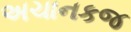
અચાનકજ